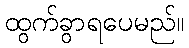
ထွက်ခွာရပေမည်။